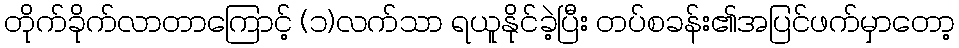
တိုက်ခိုက်လာတာကြောင့် (၁)လက်သာ ရယူနိုင်ခဲ့ပြီး တပ်စခန်း၏အပြင်ဖက်မှာတော့